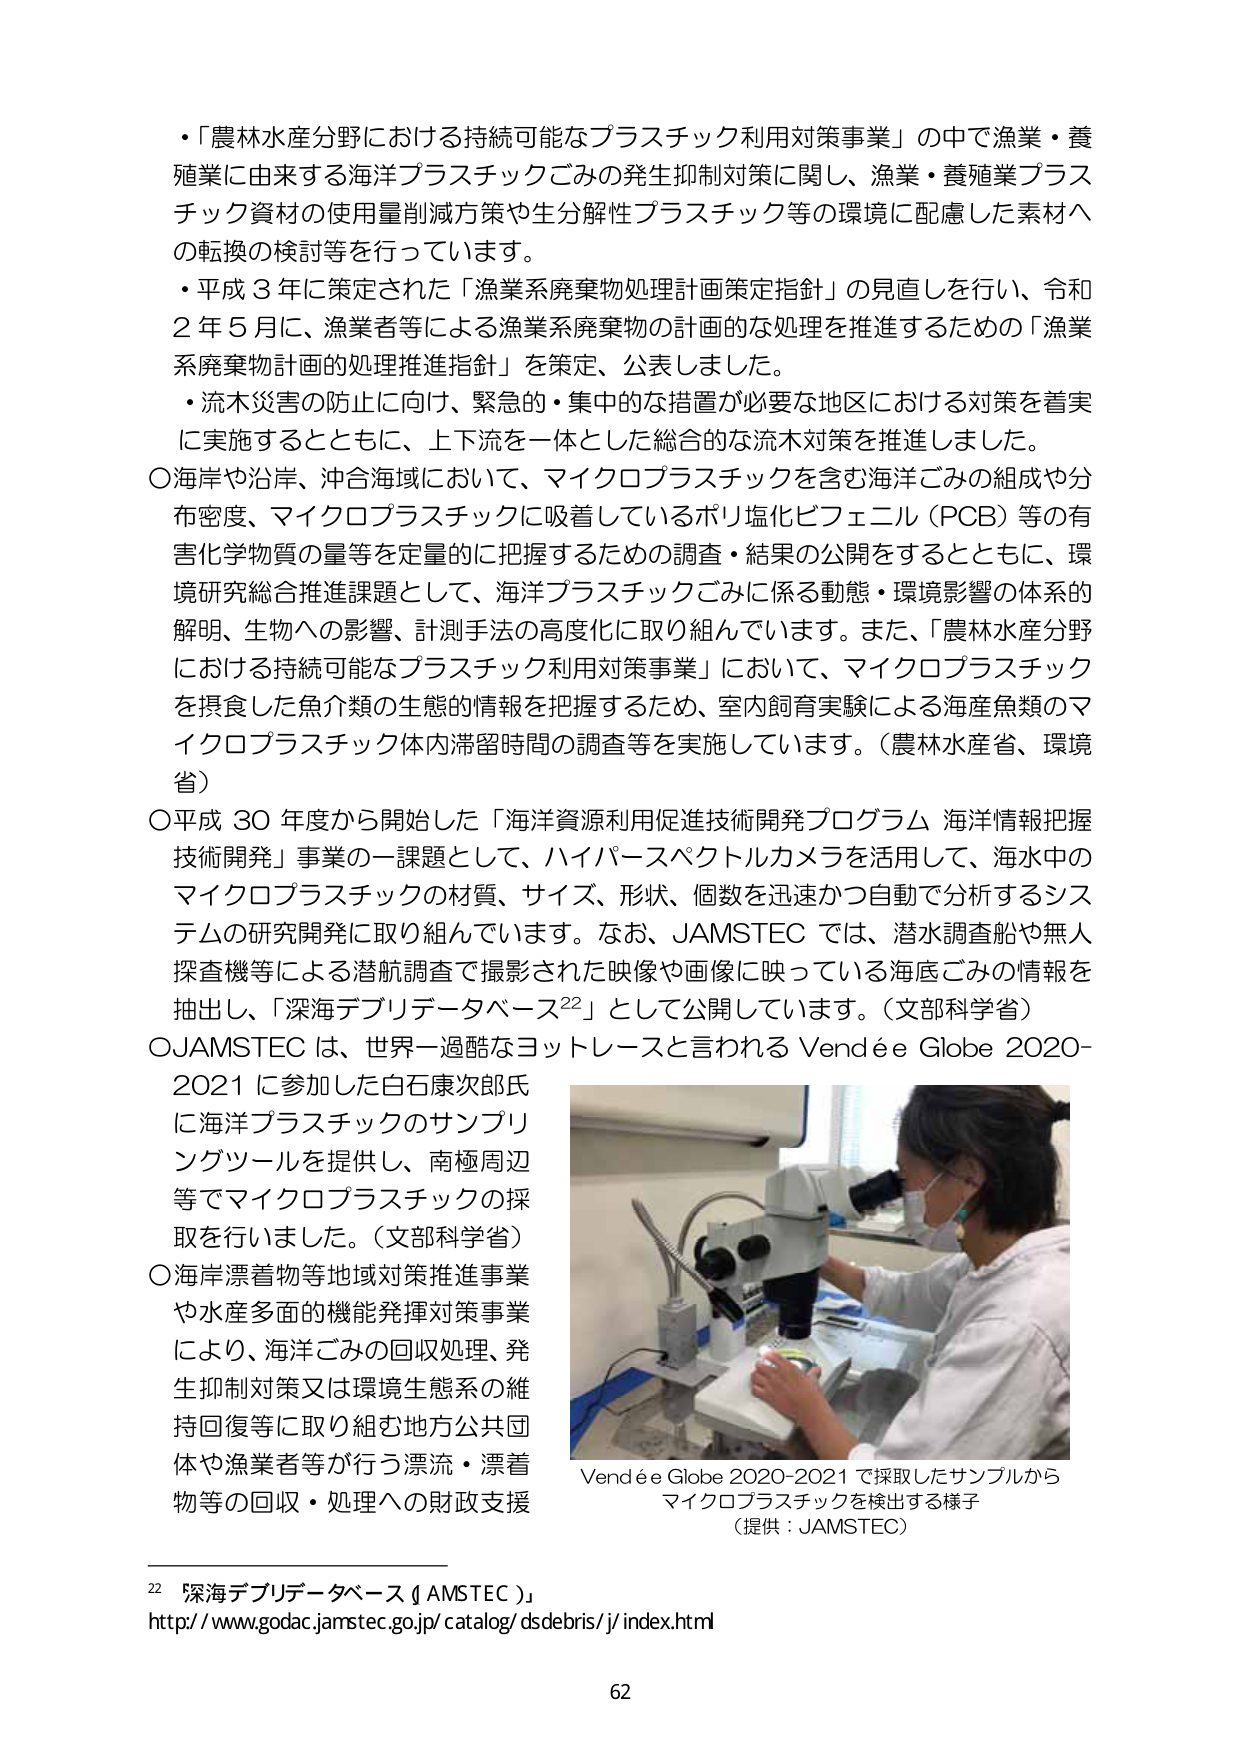
・「農林水産分野における持続可能なプラスチック利用対策事業」の中で漁業・養殖業に由来する海洋プラスチックごみの発生抑制対策に関し、漁業・養殖業プラスチック資材の使用量削減方策や生分解性プラスチック等の環境に配慮した素材への転換の検討等を行っています。

・平成３年に策定された「漁業系廃棄物処理計画策定指針」の見直しを行い、令和２年５月に、漁業者等による漁業系廃棄物の計画的な処理を推進するための「漁業系廃棄物計画的処理推進指針」を策定、公表しました。

・流木災害の防止に向け、緊急的・集中的な措置が必要な地区における対策を着実に実施するとともに、上下流を一体とした総合的な流木対策を推進しました。

〇海岸や沿岸、沖合海域において、マイクロプラスチックを含む海洋ごみの組成や分布密度、マイクロプラスチックに吸着しているポリ塩化ビフェニル（PCB）等の有害化学物質の量等を定量的に把握するための調査・結果の公開をするとともに、環境研究総合推進課題として、海洋プラスチックごみに係る動態・環境影響の体系的解明、生物への影響、計測手法の高度化に取り組んでいます。また、「農林水産分野における持続可能なプラスチック利用対策事業」において、マイクロプラスチックを摂食した魚介類の生態的情報を把握するため、室内飼育実験による海産魚類のマイクロプラスチック体内滞留時間の調査等を実施しています。（農林水産省、環境省）

〇平成30年度から開始した「海洋資源利用促進技術開発プログラム 海洋情報把握技術開発」事業の一課題として、ハイパースペクトルカメラを活用して、海水中のマイクロプラスチックの材質、サイズ、形状、個数を迅速かつ自動で分析するシステムの研究開発に取り組んでいます。なお、JAMSTECでは、潜水調査船や無人探査機等による潜航調査で撮影された映像や画像に映っている海底ごみの情報を抽出し、「深海デブリデータベース²²」として公開しています。（文部科学省）

〇JAMSTECは、世界一過酷なヨットレースと言われるVendée Globe 2020-2021に参加した白石康次郎氏に海洋プラスチックのサンプリングツールを提供し、南極周辺等でマイクロプラスチックの採取を行いました。（文部科学省）

〇海岸漂着物等地域対策推進事業や水産多面的機能発揮対策事業により、海洋ごみの回収処理、発生抑制対策又は環境生態系の維持回復等に取り組む地方公共団体や漁業者等が行う漂流・漂着物等の回収・処理への財政支援

Vendée Globe 2020-2021で採取したサンプルからマイクロプラスチックを検出する様子
（提供：JAMSTEC）

²²「深海デブリデータベース（JAMSTEC）」
http://www.godac.jamstec.go.jp/catalog/dsdebris/j/index.html

62